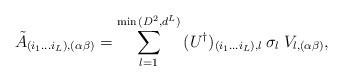
LaTeX: \begin{align*}\tilde{A}_{(i_1...i_L),(\alpha\beta)}=\sum_{l=1}^{\min{(D^2,d^L)}}{(U^\dagger)_{(i_1...i_L),l}\:\sigma_{l}\:V_{l,(\alpha\beta)}},\end{align*}